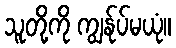
သူတို့ကို ကျွန်ုပ်မယုံ။